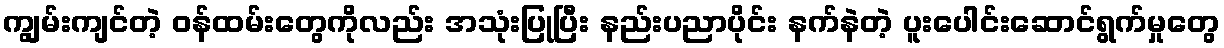
ကျွမ်းကျင်တဲ့ ဝန်ထမ်းတွေကိုလည်း အသုံးပြုပြီး နည်းပညာပိုင်း နက်နဲတဲ့ ပူးပေါင်းဆောင်ရွက်မှုတွေ